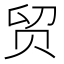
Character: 贸